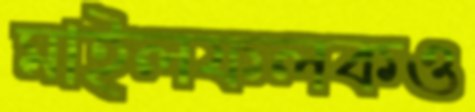
মাইলফলকও